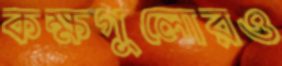
কক্ষগুলোরও